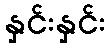
နှင်းနှင်း